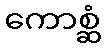
ကောစ္ဆံ